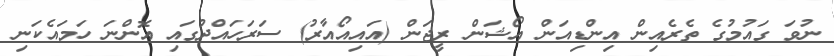
ނުވަ ގައުމުގެ ތެރެއިން އިންޑިއަން އޯޝަން ރީޖަން (އައިއޯއާރު) ސަރަހައްދުގައި އޮންނަ ހަމައެކަނި